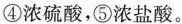
④浓硫酸，⑤浓盐酸。